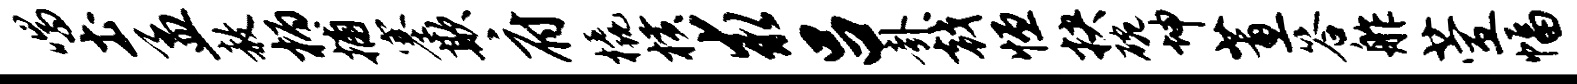
喘土孟赦柄捕塞欺府橇横求吕卦戟恒抉碗坤蕙答舴萱幅